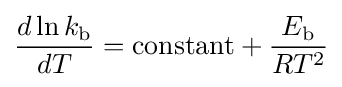
{\frac {d\ln k_{\text{b}}}{dT}}={\text{constant}}+{\frac {E_{\text{b}}}{RT^{2}}}